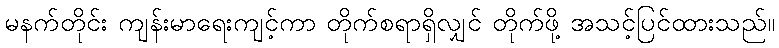
မနက်တိုင်း ကျန်းမာရေးကျင့်ကာ တိုက်စရာရှိလျှင် တိုက်ဖို့ အသင့်ပြင်ထားသည်။